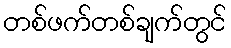
တစ်ဖက်တစ်ချက်တွင်